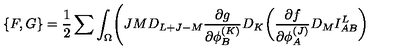
\{ F , G \} = { \frac { 1 } { 2 } } \sum \int _ { \Omega } \Biggl ( { \binom { J } { M } } D _ { L + J - M } { \frac { \partial g } { \partial \phi _ { B } ^ { ( K ) } } } D _ { K } \biggl ( { \frac { \partial f } { \partial \phi _ { A } ^ { ( J ) } } } D _ { M } I _ { A B } ^ { L } \biggr )